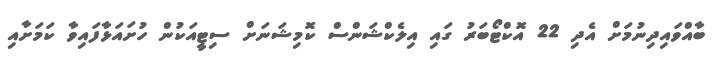
ބާއްވައިދިނުމަށް އެދި 22 އޮކްޓޯބަރު ގައި އިލެކްޝަންސް ކޮމިޝަނަށް ސިޓީއަކުން ހުށައަޅާފައިވާ ކަމަށާއި